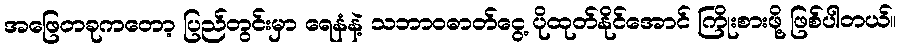
အဖြေတခုကတော့ ပြည်တွင်းမှာ ရေနံနဲ့ သဘာဝဓာတ်ငွေ့ ပိုထုတ်နိုင်အောင် ကြိုးစားဖို့ ဖြစ်ပါတယ်။